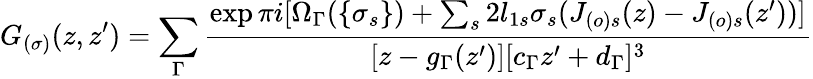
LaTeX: G_{(\sigma)}(z,z^{\prime})=\sum_{\Gamma}\frac{\exp\pi i[\Omega_{\Gamma}(\{ \sigma_{s}\} )+\sum_{s}2l_{1s}\sigma_{s}(J_{(o)s}(z)-J_{(o)s}(z^{\prime}))]}{[z-g_{\Gamma}(z^{\prime})][c_{\Gamma}z^{\prime}+d_{\Gamma}]^{3}}